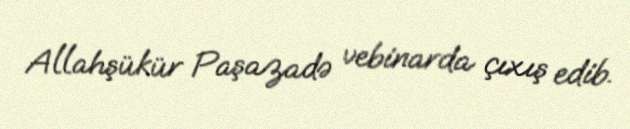
Allahşükür Paşazadə vebinarda çıxış edib.